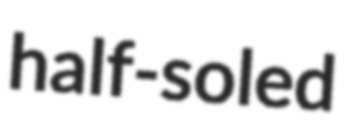
half-soled